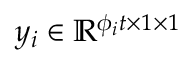
y _ { i } \in \mathbb { R } ^ { \phi _ { i } t \times 1 \times 1 }